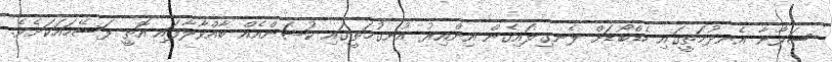
ސަވާނާ އެނދުމަތީގައި ހެޑްބޯޑަށް ލެނގިލައިގެން އިންއިރު އުނގުމަތީގައި ކުޝަންއެއް ބާއްވާލާފައި އޮތީ ފަސޭހައަކަށެވެ.